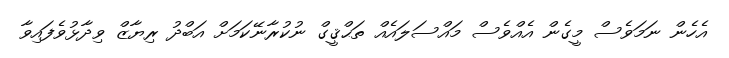
އެހެން ނަމަވެސް މީގެން އެއްވެސް މައްސަލައެއް ތަޙްޤީގް ނުކުރާނޭކަމަށް އަބްދު ރިޔާޒް ވިދާޅުވެފައިވާ